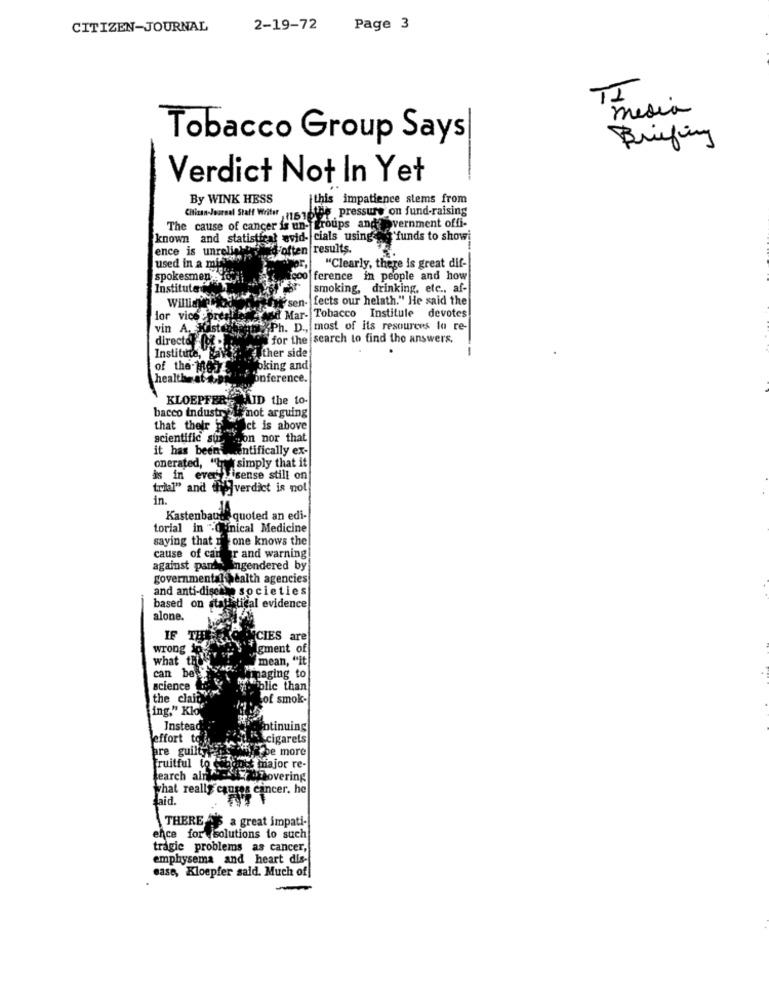
CITIZEN-JOURNAL
2-19-72
Page 3
TI
media
Tobacco Group Says
Briefing
Verdict Not In Yet
By WINK HESS
this impatience stems from
Citizan-Journal Staff Writer
n616the pressure on fund-raising
The cause of cancer is un- groups and vernment offi-
known and statistical avid- cials using a funds to showi
ence is unreliale ad often results.
used in a mis
"Clearly, there is great dif-
spokesmen - Topli
coo ference in people and how
Institute
smoking, drinking, etc ., af-
sen- fects our helath." He said the
Williayer
lor vice epres
Si Mar- Tobacco Institule devotes
vin A. Kilstent
Ph. D ., most of its resources la re-
for the search to find the answers.
Institute, Bay
director for
ither side
of the Me ..
oking and
health-it
onference.
KLOEPFER
PAID the to-
bacco industry
istrail not arguing
that their .
Oct is above
scientific sus
mon nor that
it has been sentifically ex-
onerated, "het simply that it
is in every lisense still on
trial" and theverdict is not
in.
Kastenbaute quoted an edi-
torial in .Quinical Medicine
saying that th one knows the
cause of cancer and warning
against parte engendered by
governmental health agencies
and anti-disease societies
based on statistical evidence
alone.
IF THIS
Wrong LONGAS
(CIES are
gment of
what the
mean, "it
can be yome
naging to
science
blic than
the claid
of smok-
ing." Klo
Instead
otinuing
effort to
cigarets
are guilty
WEbe more
fruitful to @hdp-1
tt major re-
search aln -x hovering
what really causes cancer. he
said.
THERE'S a great impati-
ence for solutions to such
tragie problems as cancer,
emphysema and heart dis-
case, Kloepfer said. Much of